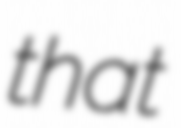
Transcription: that